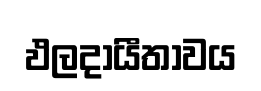
ඵලදායීතාවය